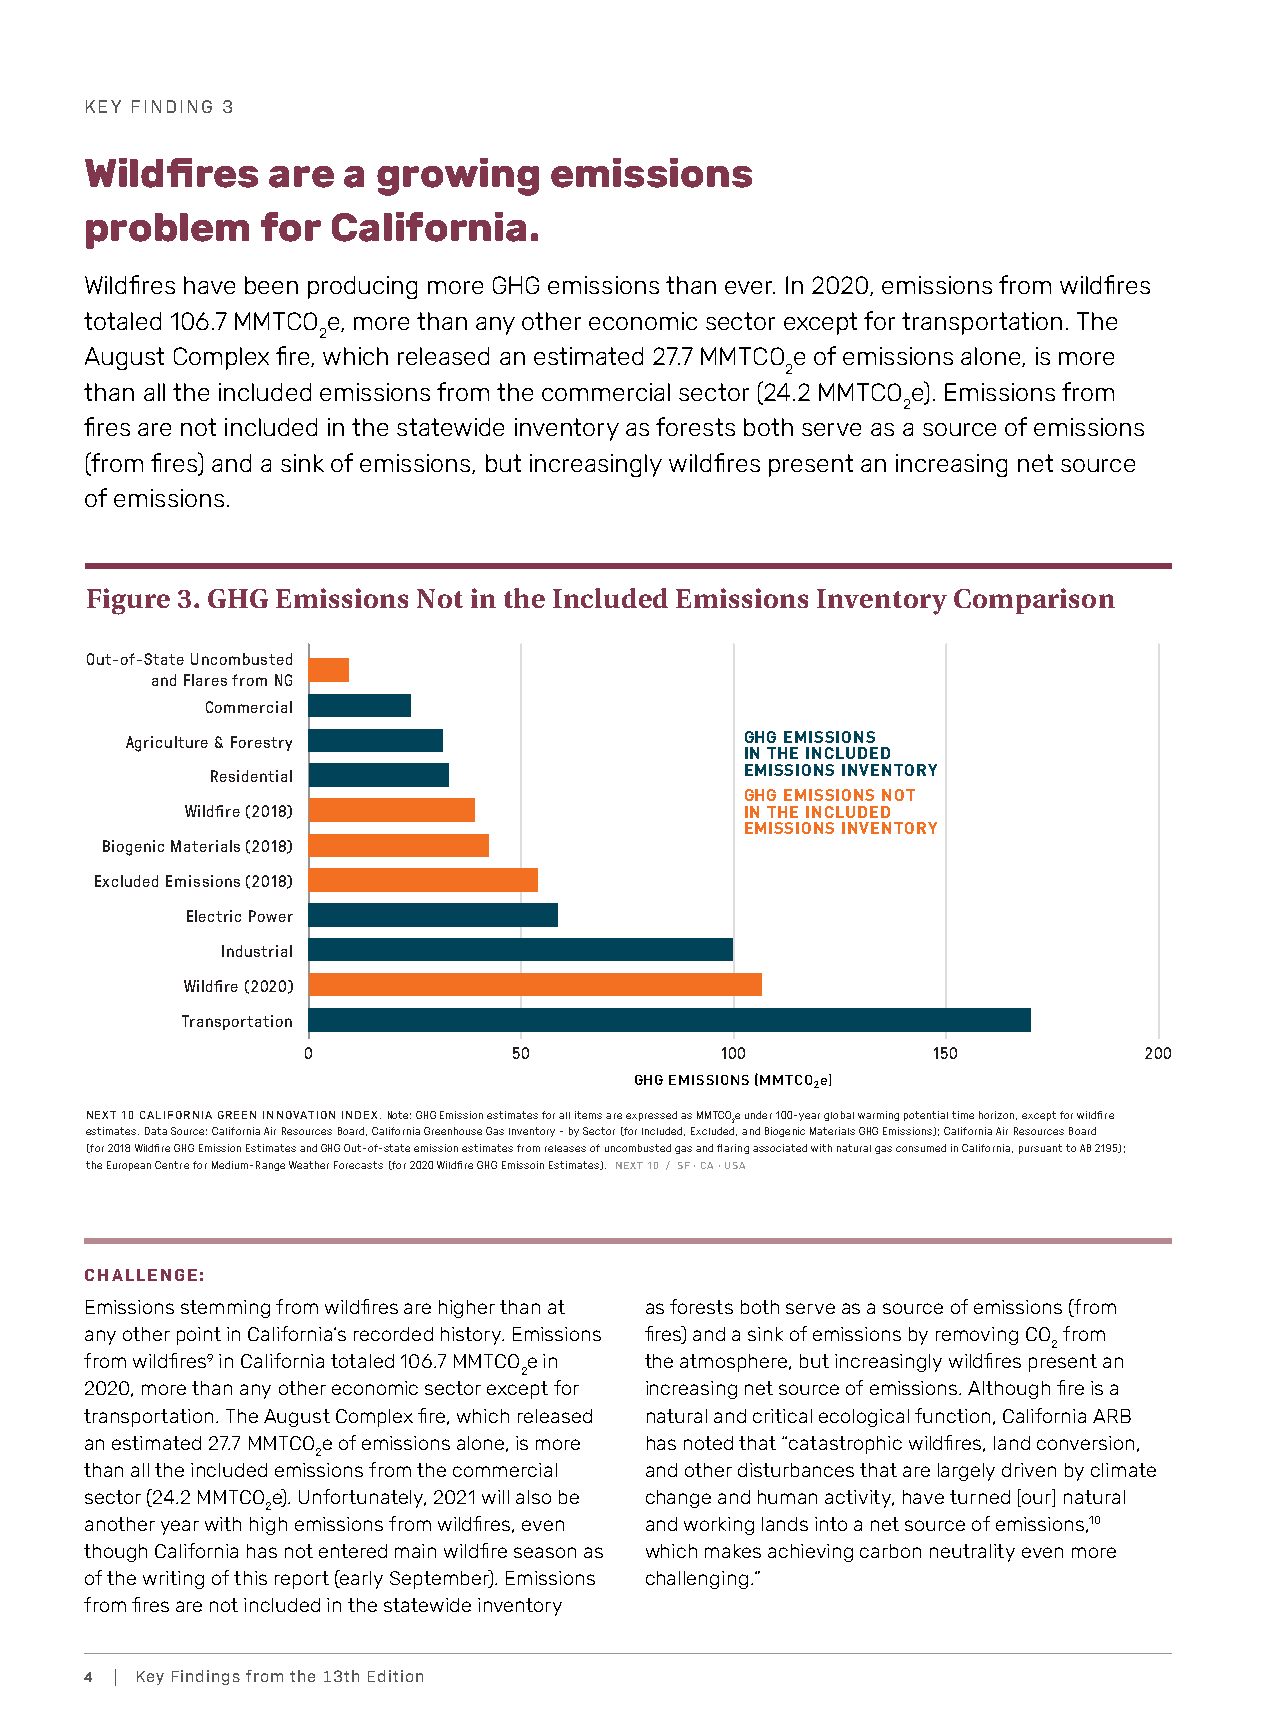
KEY FINDING 3
 Wildfires   are  a growing    emissions
 problem    for  California.
 Wildfires have been producing more GHG emissions than ever. In 2020, emissions from wildfires
 totaled 106.7 MMTCO e, more than any other economic sector except for transportation. The
 2
 August Complex fire, which released an estimated 27.7 MMTCO e of emissions alone, is more
 2
 than all the included emissions from the commercial sector (24.2 MMTCO e). Emissions from
 2
 fires are not included in the statewide inventory as forests both serve as a source of emissions
 (from fires) and a sink of emissions, but increasingly wildfires present an increasing net source
 of emissions.
 Figure 3. GHG Emissions Not in the Included Emissions Inventory Comparison
 Out-of-State Uncombusted
 and Flares from NG
 Commercial
 Agriculture & Forestry                   GHG EMISSIONS
 IN THE INCLUDED
 EMISSIONS INVENTORY
 Residential
 GHG EMISSIONS NOT
 Wildfire (2018)                      IN THE INCLUDED
 EMISSIONS INVENTORY
 Biogenic Materials (2018)
 Excluded Emissions (2018)
 Electric Power
 Industrial
 Wildfire (2020)
 Transportation
 0             50            100           150           200
 GHG EMISSIONS (MMTCO2e)
 NEXT 10 CALIFORNIA GREEN INNOVATION INDEX. Note: GHG Emission estimates for all items are expressed as MMTCOe under 100-year global warming potential time horizon, except for wildfire
 2
 estimates. Data Source: California Air Resources Board, California Greenhouse Gas Inventory - by Sector (for Included, Excluded, and Biogenic Materials GHG Emissions); California Air Resources Board
 (for 2018 Wildfire GHG Emission Estimates and GHG Out-of-state emission estimates from releases of uncombusted gas and flaring associated with natural gas consumed in California, pursuant to AB 2195);
 the European Centre for Medium-Range Weather Forecasts (for 2020 Wildfire GHG Emissoin Estimates). NEXT 10 / SF · CA · USA
 CHALLENGE:
 Emissions stemming from wildfires are higher than at as forests both serve as a source of emissions (from
 any other point in California’s recorded history. Emissions fires) and a sink of emissions by removing CO from
 2
 from wildfires9 in California totaled 106.7 MMTCO e in the atmosphere, but increasingly wildfires present an
 2
 2020, more than any other economic sector except for increasing net source of emissions. Although fire is a
 transportation. The August Complex fire, which released natural and critical ecological function, California ARB
 an estimated 27.7 MMTCO e of emissions alone, is more has noted that “catastrophic wildfires, land conversion,
 2
 than all the included emissions from the commercial and other disturbances that are largely driven by climate
 sector (24.2 MMTCO e). Unfortunately, 2021 will also be change and human activity, have turned [our] natural
 2
 another year with high emissions from wildfires, even and working lands into a net source of emissions,10
 though California has not entered main wildfire season as which makes achieving carbon neutrality even more
 of the writing of this report (early September). Emissions challenging.”
 from fires are not included in the statewide inventory
 4 | Key Findings from the 13th Edition